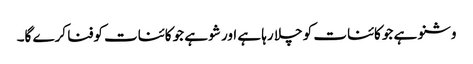
وشنو ہے جو کائنات کو چلا رہا ہے اور شو ہے جو کائنات کوفنا کرے گا۔